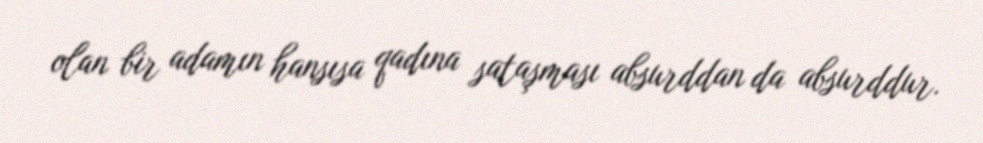
olan bir adamın hansısa qadına sataşması absurddan da absurddur.